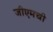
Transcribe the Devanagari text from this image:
जीएमची